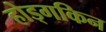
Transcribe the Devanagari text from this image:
होड्गकिन